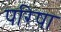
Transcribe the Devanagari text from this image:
परिषा